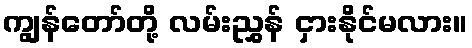
ကျွန်တော်တို့ လမ်းညွှန် ငှားနိုင်မလား။